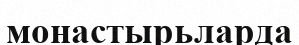
монастырьларда